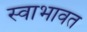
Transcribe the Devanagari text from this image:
स्वाभावत